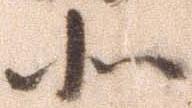
北